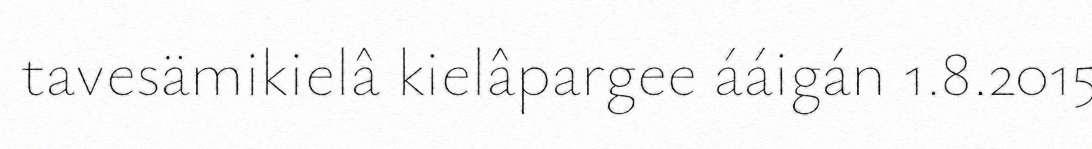
tavesämikielâ kielâpargee ááigán 1.8.2015